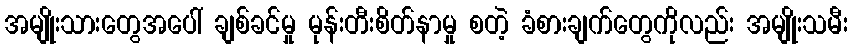
အမျိုးသားတွေအပေါ် ချစ်ခင်မှု မုန်းတီးစိတ်နာမှု စတဲ့ ခံစားချက်တွေကိုလည်း အမျိုးသမီး